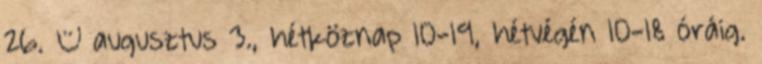
26. – augusztus 3., hétköznap 10-19, hétvégén 10-18 óráig.